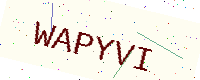
Text: WAPYVI